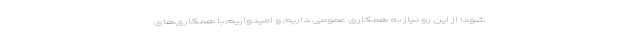
شود؛ از این رو نیاز به همکاری عمومی داریم و امیدواریم با همکاری‌های